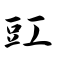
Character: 豇